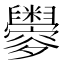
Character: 𦦼